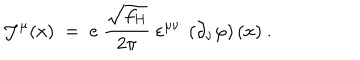
LaTeX: { \mathcal J } ^ { \mu } ( x ) \; = \; e ~ \frac { \sqrt { f _ { H } } } { 2 \pi } ~ \varepsilon ^ { \mu \nu } ~ \left( \partial _ { \nu } \varphi \right) ( x ) ~ .